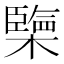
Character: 㯺